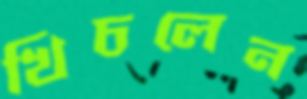
খিচলেন